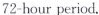
72-hour period. .